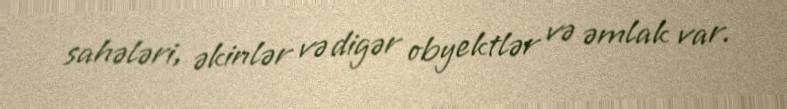
sahələri, əkinlər və digər obyektlər və əmlak var.